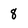
Character: 8